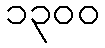
၁၃၀၀